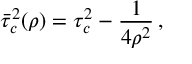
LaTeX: \bar { \tau } _ { c } ^ { 2 } ( \rho ) = \tau _ { c } ^ { 2 } - \frac { 1 } { 4 \rho ^ { 2 } } \, { , }